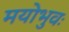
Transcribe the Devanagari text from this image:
मयोभुवः